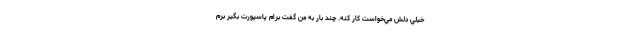
خيلي دلش مي‌خواست كار كنه. چند بار به من گفت برام پاسپورت بگير برم